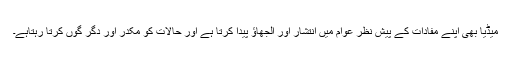
میڈیا بھی اپنے مفادات کے پیش نظر عوام میں انتشار اور الجھاؤ پیدا کرتا ہے اور حالات کو مکدر اور دگر گوں کرتا رہتاہے۔